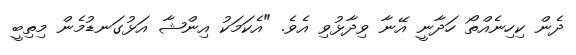
ދެން ކިހިނެއްތޯ ހަދާނީ އޭނާ ވިދާޅުވި އެވެ. "އެކަމަކު އިންޝާ އަޅުގަނޑުމެން މިތިބީ